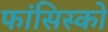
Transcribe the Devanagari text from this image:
फांसिस्को